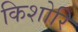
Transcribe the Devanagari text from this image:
किशोरि